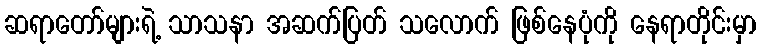
ဆရာတော်များရဲ့ သာသနာ အဆက်ပြတ် သလောက် ဖြစ်နေပုံကို နေရာတိုင်းမှာ